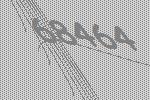
68464